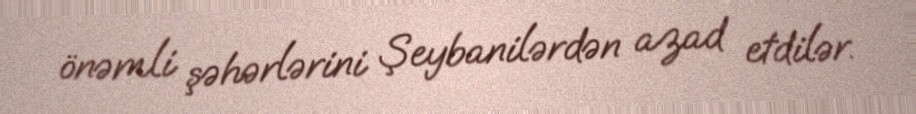
önəmli şəhərlərini Şeybanilərdən azad etdilər.